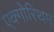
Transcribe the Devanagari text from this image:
एक्गोरिथम